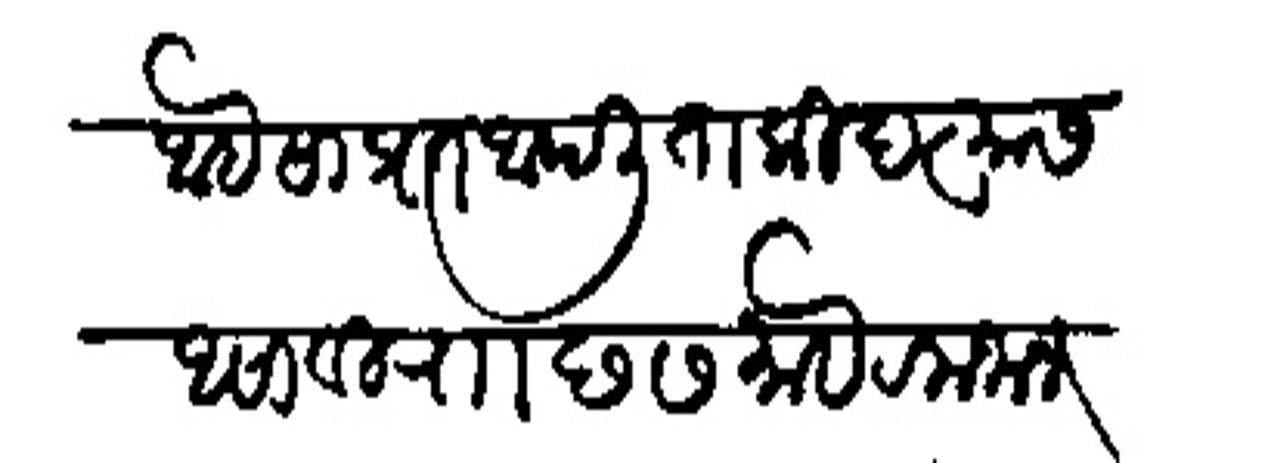
Transliteration (Devanagari): आाहे सांप्रत आपली ताकीद त्यास असावी रााा छ ७ माहे रमजान